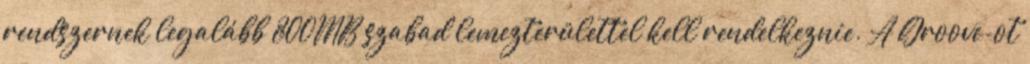
rendszernek legalább 800MB szabad lemezterülettel kell rendelkeznie. A Groove-ot